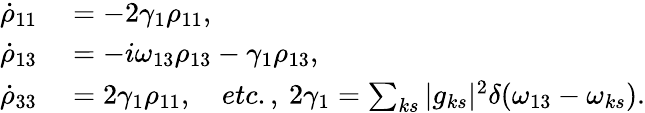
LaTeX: \begin{array}{rl}{\dot{\rho}_{11}}&{{}=-2\gamma_{1}\rho_{11},}\\ {\dot{\rho}_{13}}&{{}=-i\omega_{13}\rho_{13}-\gamma_{1}\rho_{13},}\\ {\dot{\rho}_{33}}&{{}=2\gamma_{1}\rho_{11},\quad etc.,\: 2\gamma_{1}=\sum_{ks}|g_{ks}|^{2}\delta(\omega_{13}-\omega_{ks}).}\end{array}